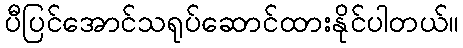
ပီပြင်အောင်သရုပ်ဆောင်ထားနိုင်ပါတယ်။